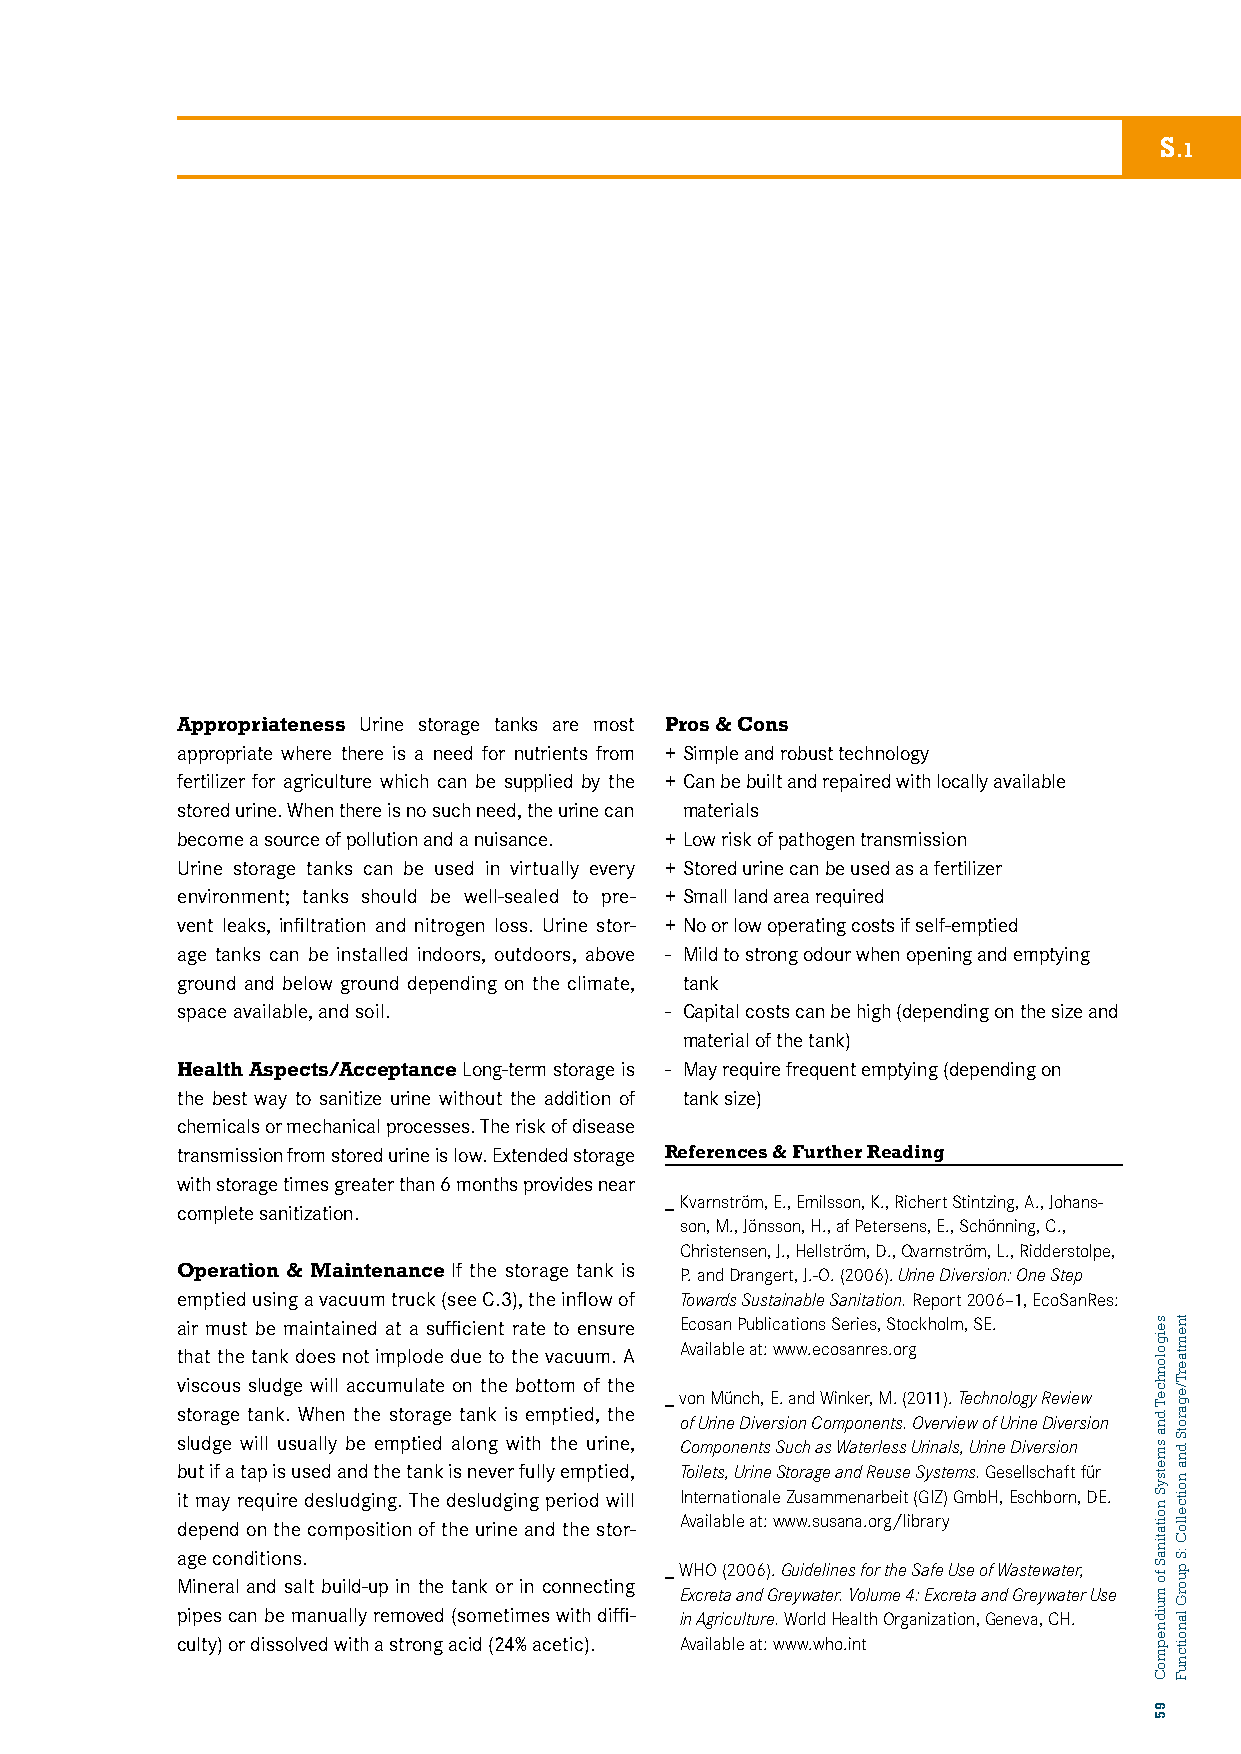
S
 .1
 Appropriateness Urine storage tanks are most Pros & Cons
 appropriate where there is a need for nutrients from + Simple and robust technology
 fertilizer for agriculture which can be supplied by the + Can be built and repaired with locally available
 stored urine. When there is no such need, the urine can materials
 become a source of pollution and a nuisance. + Low risk of pathogen transmission
 Urine storage tanks can be used in virtually every + Stored urine can be used as a fertilizer
 environment; tanks should be well-sealed to pre- + Small land area required
 vent leaks, infiltration and nitrogen loss. Urine stor- + No or low operating costs if self-emptied
 age tanks can be installed indoors, outdoors, above - Mild to strong odour when opening and emptying
 ground and below ground depending on the climate, tank
 space available, and soil.      - Capital costs can be high (depending on the size and
 material of the tank)
 Health Aspects/Acceptance Long-term storage is - May require frequent emptying (depending on
 the best way to sanitize urine without the addition of tank size)
 chemicals or mechanical processes. The risk of disease
 transmission from stored urine is low. Extended storage References & Further Reading
 with storage times greater than 6 months provides near
 _ Kvarnström, E., Emilsson, K., Richert Stintzing, A., Johans-
 complete sanitization.
 son, M., Jönsson, H., af Petersens, E., Schönning, C.,
 Christensen, J., Hellström, D., Qvarnström, L., Ridderstolpe,
 Operation & Maintenance If the storage tank is P. and Drangert, J.-O. (2006). Urine Diversion: One Step
 emptied using a vacuum truck (see C.3), the inflow of Towards Sustainable Sanitation. Report 2006–1, EcoSanRes:
 air must be maintained at a sufficient rate to ensure Ecosan Publications Series, Stockholm, SE.
 Available at: www.ecosanres.org
 that the tank does not implode due to the vacuum. A
 viscous sludge will accumulate on the bottom of the
 _ von Münch, E. and Winker, M. (2011). Technology Review
 storage tank. When the storage tank is emptied, the of Urine Diversion Components. Overview of Urine Diversion
 sludge will usually be emptied along with the urine, Components Such as Waterless Urinals, Urine Diversion
 but if a tap is used and the tank is never fully emptied, Toilets, Urine Storage and Reuse Systems. Gesellschaft für
 it may require desludging. The desludging period will Internationale Zusammenarbeit (GIZ) GmbH, Eschborn, DE.
 Available at: www.susana.org/library
 depend on the composition of the urine and the stor-
 age conditions.
 _ WHO (2006). Guidelines for the Safe Use of Wastewater,
 Mineral and salt build-up in the tank or in connecting
 Excreta and Greywater. Volume 4: Excreta and Greywater Use
 pipes can be manually removed (sometimes with diffi- in Agriculture. World Health Organization, Geneva, CH.
 culty) or dissolved with a strong acid (24% acetic). Available at: www.who.int
 seigolonhceT
 dna
 smetsyS
 noitatinaS
 fo
 muidnepmoC
 95
 tnemtaerT/egarotS
 dna
 noitcelloC
 :S
 puorG
 lanoitcnuF